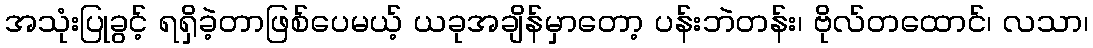
အသုံးပြုခွင့် ရရှိခဲ့တာဖြစ်ပေမယ့် ယခုအချိန်မှာတော့ ပန်းဘဲတန်း၊ ဗိုလ်တထောင်၊ လသာ၊